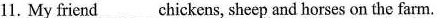
11. My friend___chickens, sheep and horses on the farm.